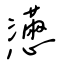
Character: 懣